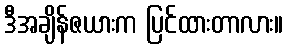
ဒီအချိန်ဇယားက ပြင်ထားတာလား။